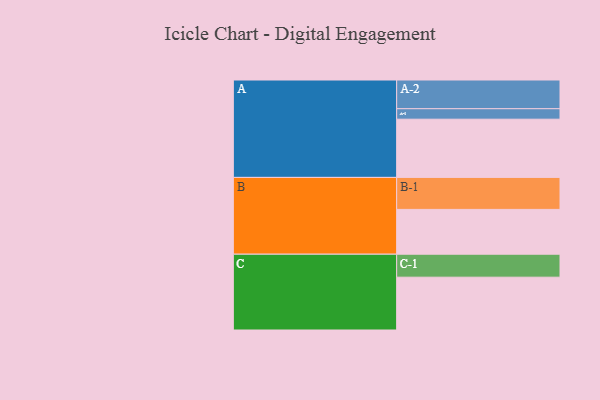
{"axis": {"x": "Segment", "y": "Value"}, "legend": ["", "A", "B", "C"], "data": [{"x": "A", "y": 517, "type": ""}, {"x": "B", "y": 398, "type": ""}, {"x": "C", "y": 469, "type": ""}, {"x": "A-1", "y": 93, "type": "A"}, {"x": "A-2", "y": 255, "type": "A"}, {"x": "B-1", "y": 284, "type": "B"}, {"x": "C-1", "y": 204, "type": "C"}]}